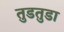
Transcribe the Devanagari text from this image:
तुडतुडा